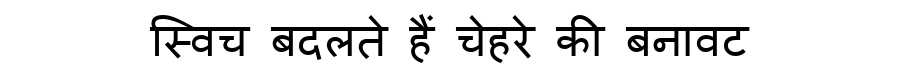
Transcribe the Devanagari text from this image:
स्विच बदलते हैं चेहरे की बनावट